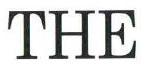
THE